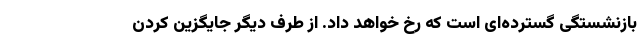
بازنشستگی گسترده‌ای است که رخ خواهد داد. از طرف دیگر جایگزین کردن